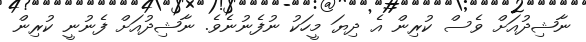
ނާޝިދުއަށް ވެސް ކުރިން އެ ދިޔަ މީހަކު ނުފެނުނެވެ. ނާޝިދުއަށް ފެނުނީ ކުރިން